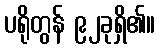
ပရိုတွန် ၉၂ခုရှိ၏။